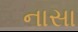
નાસા